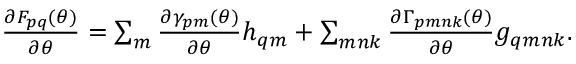
\begin{array} { r } { \frac { \partial F _ { p q } ( { \boldsymbol { \theta } } ) } { \partial { \boldsymbol { \theta } } } = \sum _ { m } \frac { \partial \gamma _ { p m } ( { \boldsymbol { \theta } } ) } { \partial { \boldsymbol { \theta } } } h _ { q m } + \sum _ { m n k } \frac { \partial \Gamma _ { p m n k } ( { \boldsymbol { \theta } } ) } { \partial { \boldsymbol { \theta } } } g _ { q m n k } . } \end{array}